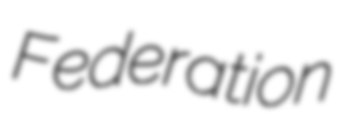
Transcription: Federation